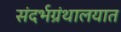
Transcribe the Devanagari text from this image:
संदर्भग्रंथालयात